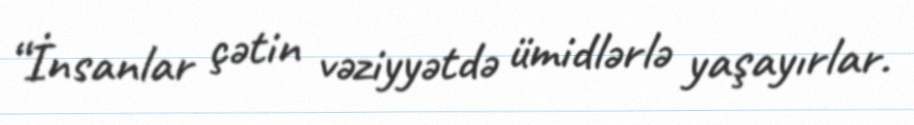
“İnsanlar çətin vəziyyətdə ümidlərlə yaşayırlar.